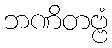
ဘဏိတဗ္ဗံ